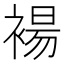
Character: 𫌅